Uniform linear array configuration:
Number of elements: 16
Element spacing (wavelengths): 1
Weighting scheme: exponential
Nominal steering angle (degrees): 15
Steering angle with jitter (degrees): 14.45
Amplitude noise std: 0.05
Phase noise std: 0.05

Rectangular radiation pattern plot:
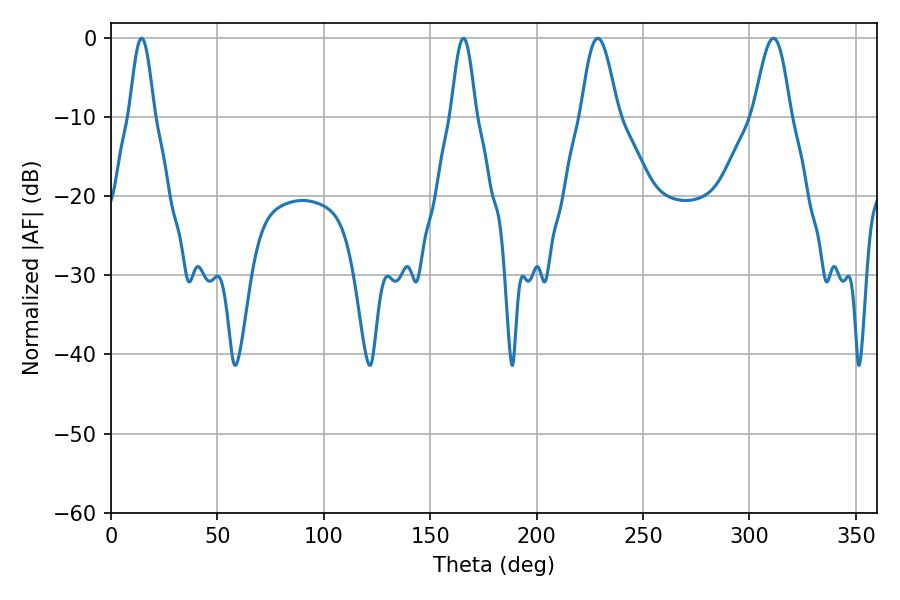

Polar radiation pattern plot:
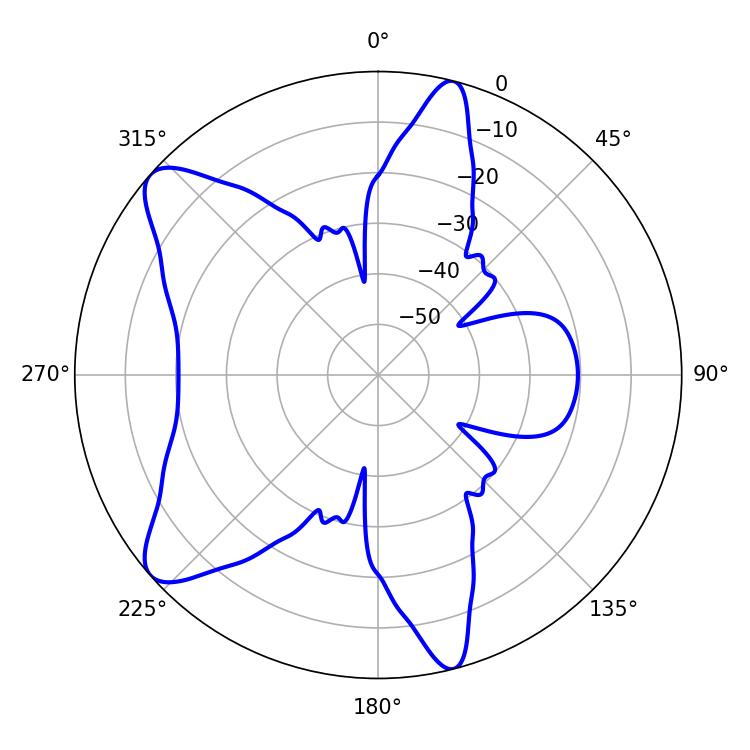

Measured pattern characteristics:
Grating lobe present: TRUE
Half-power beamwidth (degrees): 6.12
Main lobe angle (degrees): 14.4